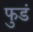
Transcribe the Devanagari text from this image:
फुडं